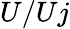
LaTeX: U/Uj